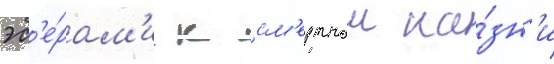
эс'е́рам'и к см'ертнои ка́зн'и